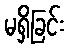
မရှိခြင်း